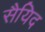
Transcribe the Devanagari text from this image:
सैयिद